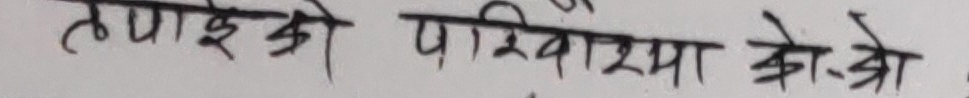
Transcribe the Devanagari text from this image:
तपाईंको परिवारमा को-को